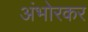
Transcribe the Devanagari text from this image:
अंभोरकर